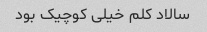
سالاد کلم خیلی کوچیک بود